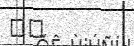
٩١